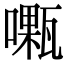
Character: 𠿜